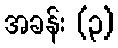
အခန်း (၃)